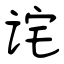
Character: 诧